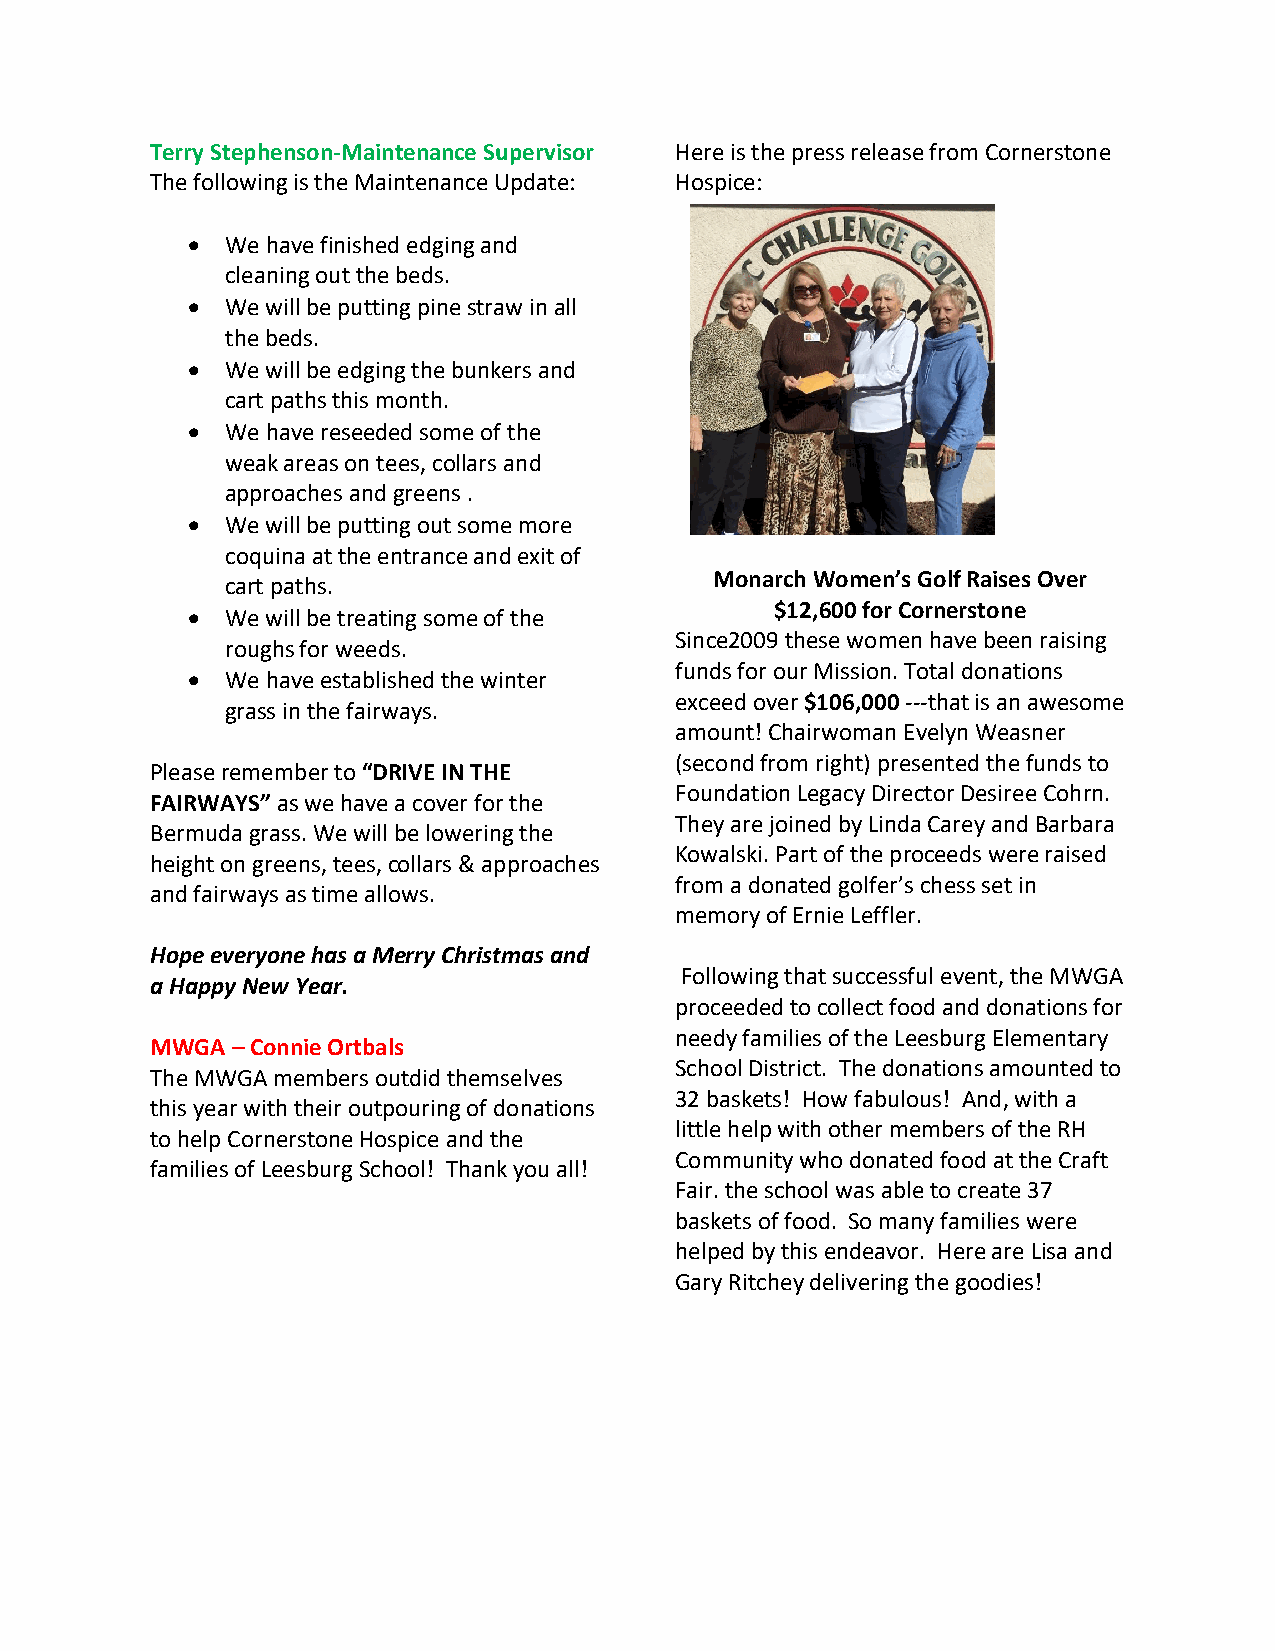
Terry Stephenson-Maintenance Supervisor Here is the press release from Cornerstone
 The following is the Maintenance Update: Hospice:
 •  We have finished edging and
 cleaning out the beds.
 •  We will be putting pine straw in all
 the beds.
 •  We will be edging the bunkers and
 cart paths this month.
 •  We have reseeded some of the
 weak areas on tees, collars and
 approaches and greens .
 •  We will be putting out some more
 coquina at the entrance and exit of
 Monarch Women’s Golf Raises Over
 cart paths.
 $12,600 for Cornerstone
 •  We will be treating some of the
 Since2009 these women have been raising
 roughs for weeds.
 funds for our Mission. Total donations
 •  We have established the winter
 exceed over $106,000 ---that is an awesome
 grass in the fairways.
 amount! Chairwoman Evelyn Weasner
 (second from right) presented the funds to
 Please remember to “DRIVE IN THE
 Foundation Legacy Director Desiree Cohrn.
 FAIRWAYS” as we have a cover for the
 They are joined by Linda Carey and Barbara
 Bermuda grass. We will be lowering the
 Kowalski. Part of the proceeds were raised
 height on greens, tees, collars & approaches
 from a donated golfer’s chess set in
 and fairways as time allows.
 memory of Ernie Leffler.
 Hope everyone has a Merry Christmas and
 Following that successful event, the MWGA
 a Happy New Year.
 proceeded to collect food and donations for
 needy families of the Leesburg Elementary
 MWGA – Connie Ortbals
 School District. The donations amounted to
 The MWGA members outdid themselves
 32 baskets! How fabulous! And, with a
 this year with their outpouring of donations
 little help with other members of the RH
 to help Cornerstone Hospice and the
 Community who donated food at the Craft
 families of Leesburg School! Thank you all!
 Fair. the school was able to create 37
 baskets of food. So many families were
 helped by this endeavor. Here are Lisa and
 Gary Ritchey delivering the goodies!